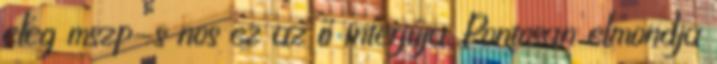
elég mszp-s nos ez az ő interjúja. Pontosan elmondja